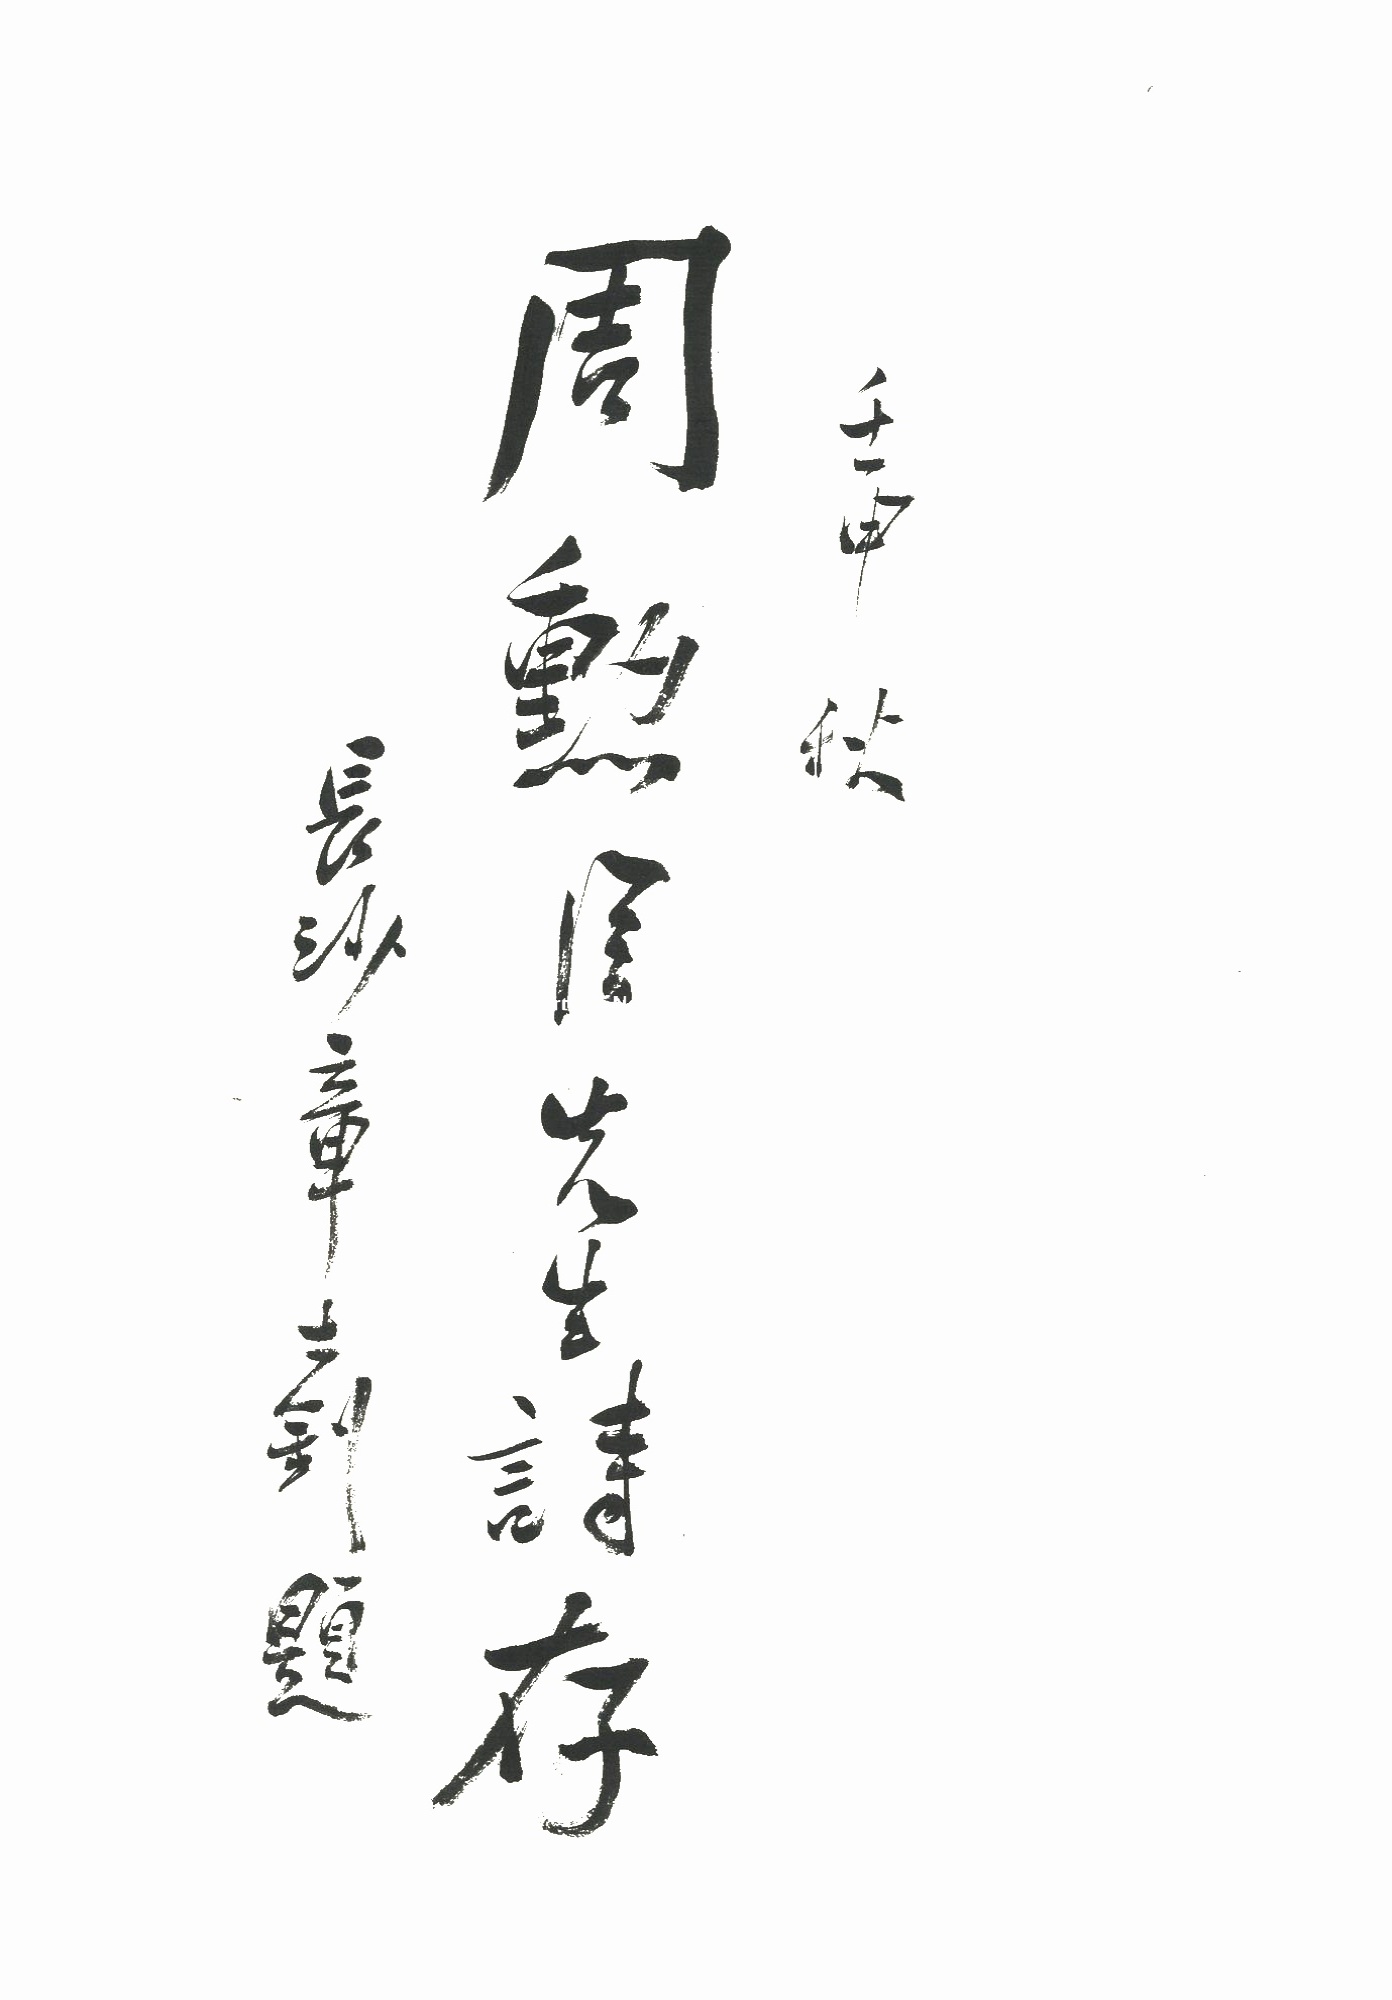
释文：周勋臣先生诗存。壬申秋，长沙章士钊题。